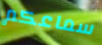
سماعكم